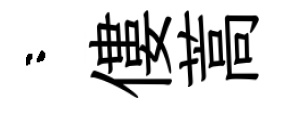
咯僂蒿